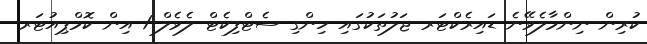
ކުރިން ނިންމާލެވޭނެ ޑައިރެކްޓަރ ޖަލުތަކުގައި ހިންގި ސެޓްފިކެޓް ލެވެލް 1 އިން ކޮމްޕިއުޓަރ